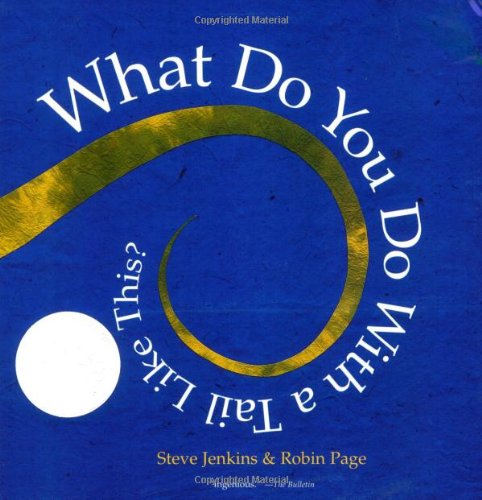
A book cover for What Do You Do with a Tail Like This?; Steve Jenkins; Science & Math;